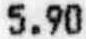
5.90